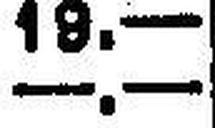
—.—